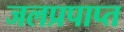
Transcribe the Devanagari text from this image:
जलप्रपाप्त